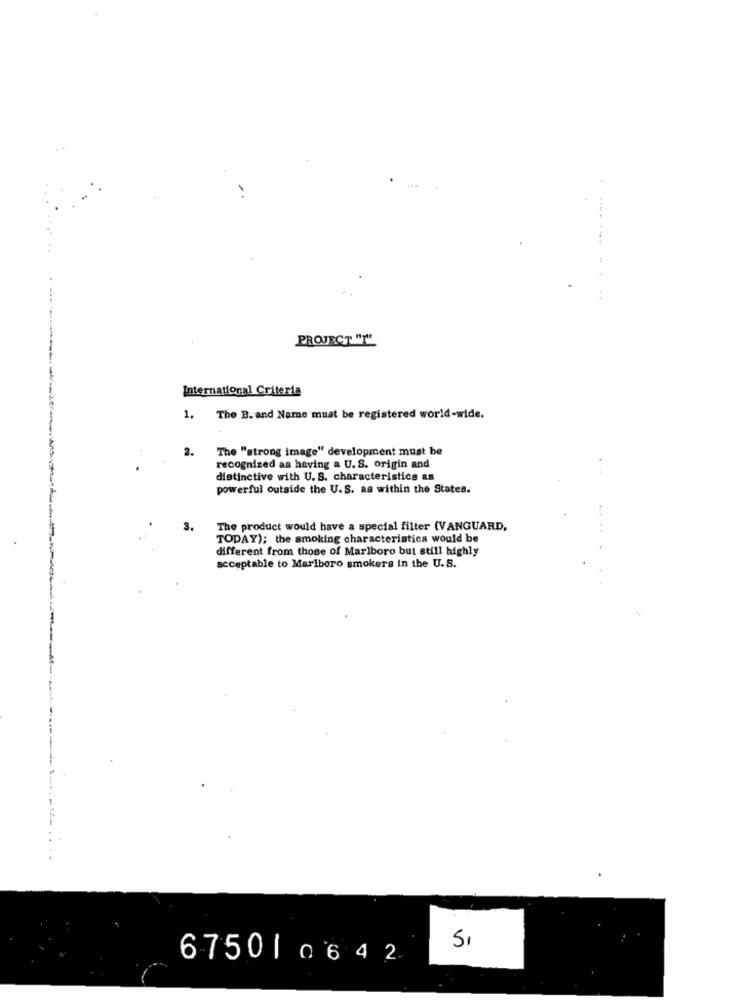
PROJECT "T"
International Criteria
1. The B. and Name must be registered world-wide.
2.
The "strong image" development must be
recognized as having a U.S. origin and
distinctive with U. S. characteristics as
powerful outside the U. S. as within the States.
3.
The product would have a special filter (VANGUARD,
TODAY); the smoking characteristics would be
different from those of Marlboro but still highly
acceptable to Marlboro smokers in the U.S.
Si
675010642